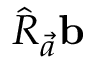
\hat { R } _ { \vec { a } } \mathbf { b }